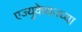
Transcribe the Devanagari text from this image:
एज्युकेशनच्या